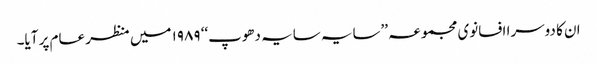
ان کا دوسرا افسانوی مجموعہ ’’سایہ سایہ دھوپ‘‘ ۱۹۸۹ میں منظر عام پر آیا۔